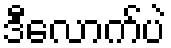
ဒီလောက်ပဲ